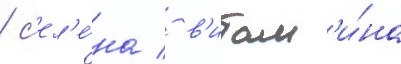
/ с'ел'е́на / в'итам'и́на